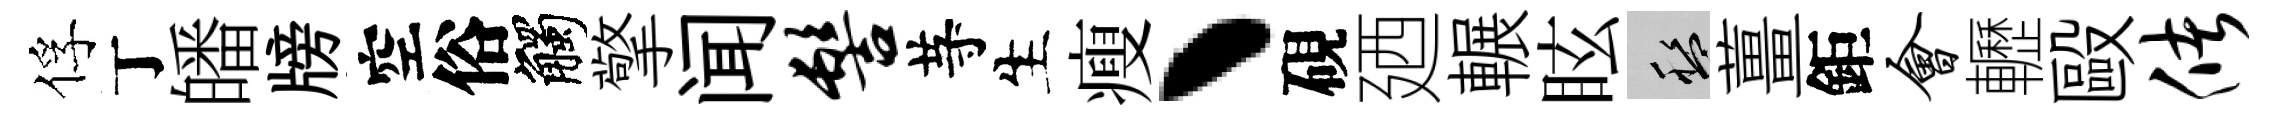
俘丁皤牓空俗觸擎闻髻䒭生瘦丶硯廼輾眩盤薑鉅会轣毆储